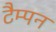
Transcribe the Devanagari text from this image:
टैम्पन